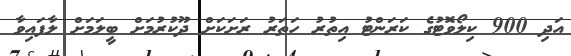
އަދި 900 ކިލޯވޮޓުގެ ކަރަންޓު އިތުރު ހަތަރު ރަށަކަށް ދޫކުރުމަށް ބީލަމަށް ލާފައިވާ